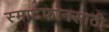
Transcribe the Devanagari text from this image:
स्मार्टफोनसाठी